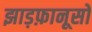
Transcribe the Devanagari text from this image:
झाड़फ़ानूसों